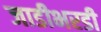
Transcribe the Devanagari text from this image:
जाडीभरडी